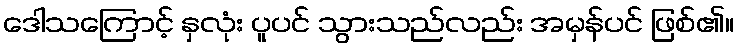
ဒေါသကြောင့် နှလုံး ပူပင် သွားသည်လည်း အမှန်ပင် ဖြစ်၏။